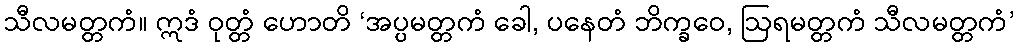
သီလမတ္တကံ။ ဣဒံ ဝုတ္တံ ဟောတိ ‘အပ္ပမတ္တကံ ခေါ, ပနေတံ ဘိက္ခဝေ, ဩရမတ္တကံ သီလမတ္တကံ’